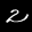
Label: 2